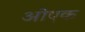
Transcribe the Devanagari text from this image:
ओएक